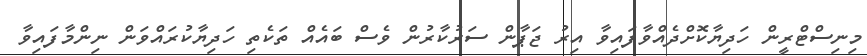
މިނިސްޓްރީން ހަދިޔާކޮށްދެއްވާފައިވާ އިރު ޖަޕާން ސަރުކާރުން ވެސް ބައެއް ތަކެތި ހަދިޔާކުރައްވަން ނިންމާފައިވާ